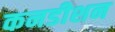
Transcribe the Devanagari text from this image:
कनडीशन